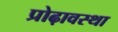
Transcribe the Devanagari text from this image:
प्रोढ़ावस्था